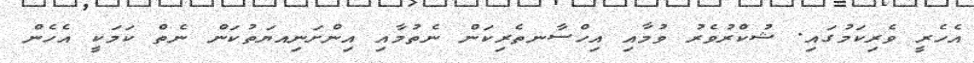
އެހެރީ ވެރިކަމުގައި. ޝުކްރުވެރު ވުމާއި އިހްސާނތެރިކަން ނެތުމާއި އިންށަނިއޔަތުކަން ނެތް ކަމަކީ އެހެން